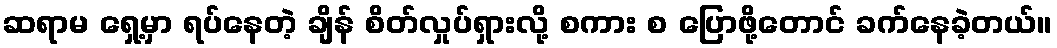
ဆရာမ ရှေ့မှာ ရပ်နေတဲ့ ချိန် စိတ်လှုပ်ရှားလို့ စကား စ ပြောဖို့တောင် ခက်နေခဲ့တယ်။